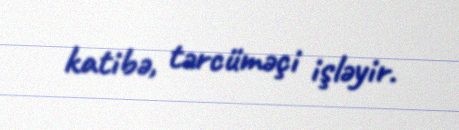
katibə, tərcüməçi işləyir.